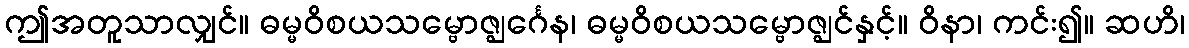
ဤအတူသာလျှင်။ ဓမ္မဝိစယသမ္ဗောဇ္ဈင်္ဂေန၊ ဓမ္မဝိစယသမ္ဗောဇ္ဈင်နှင့်။ ဝိနာ၊ ကင်း၍။ ဆဟိ၊